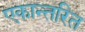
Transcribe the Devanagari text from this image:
एकान्तरित